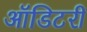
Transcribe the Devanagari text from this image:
ऑडिटरी